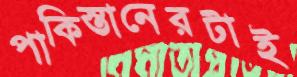
পাকিস্তানেরটাই